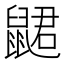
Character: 𲎞